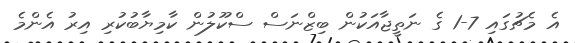
އެ މެޗުގައި 7-1 ގެ ނަތީޖާއަކުން ބިޒްނަސް ސްކޫލުން ކާމިޔާބުކުރި އިރު އެންމެ